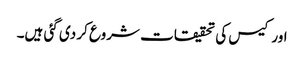
اور کیس کی تحقیقات شروع کر دی گئی ہیں۔